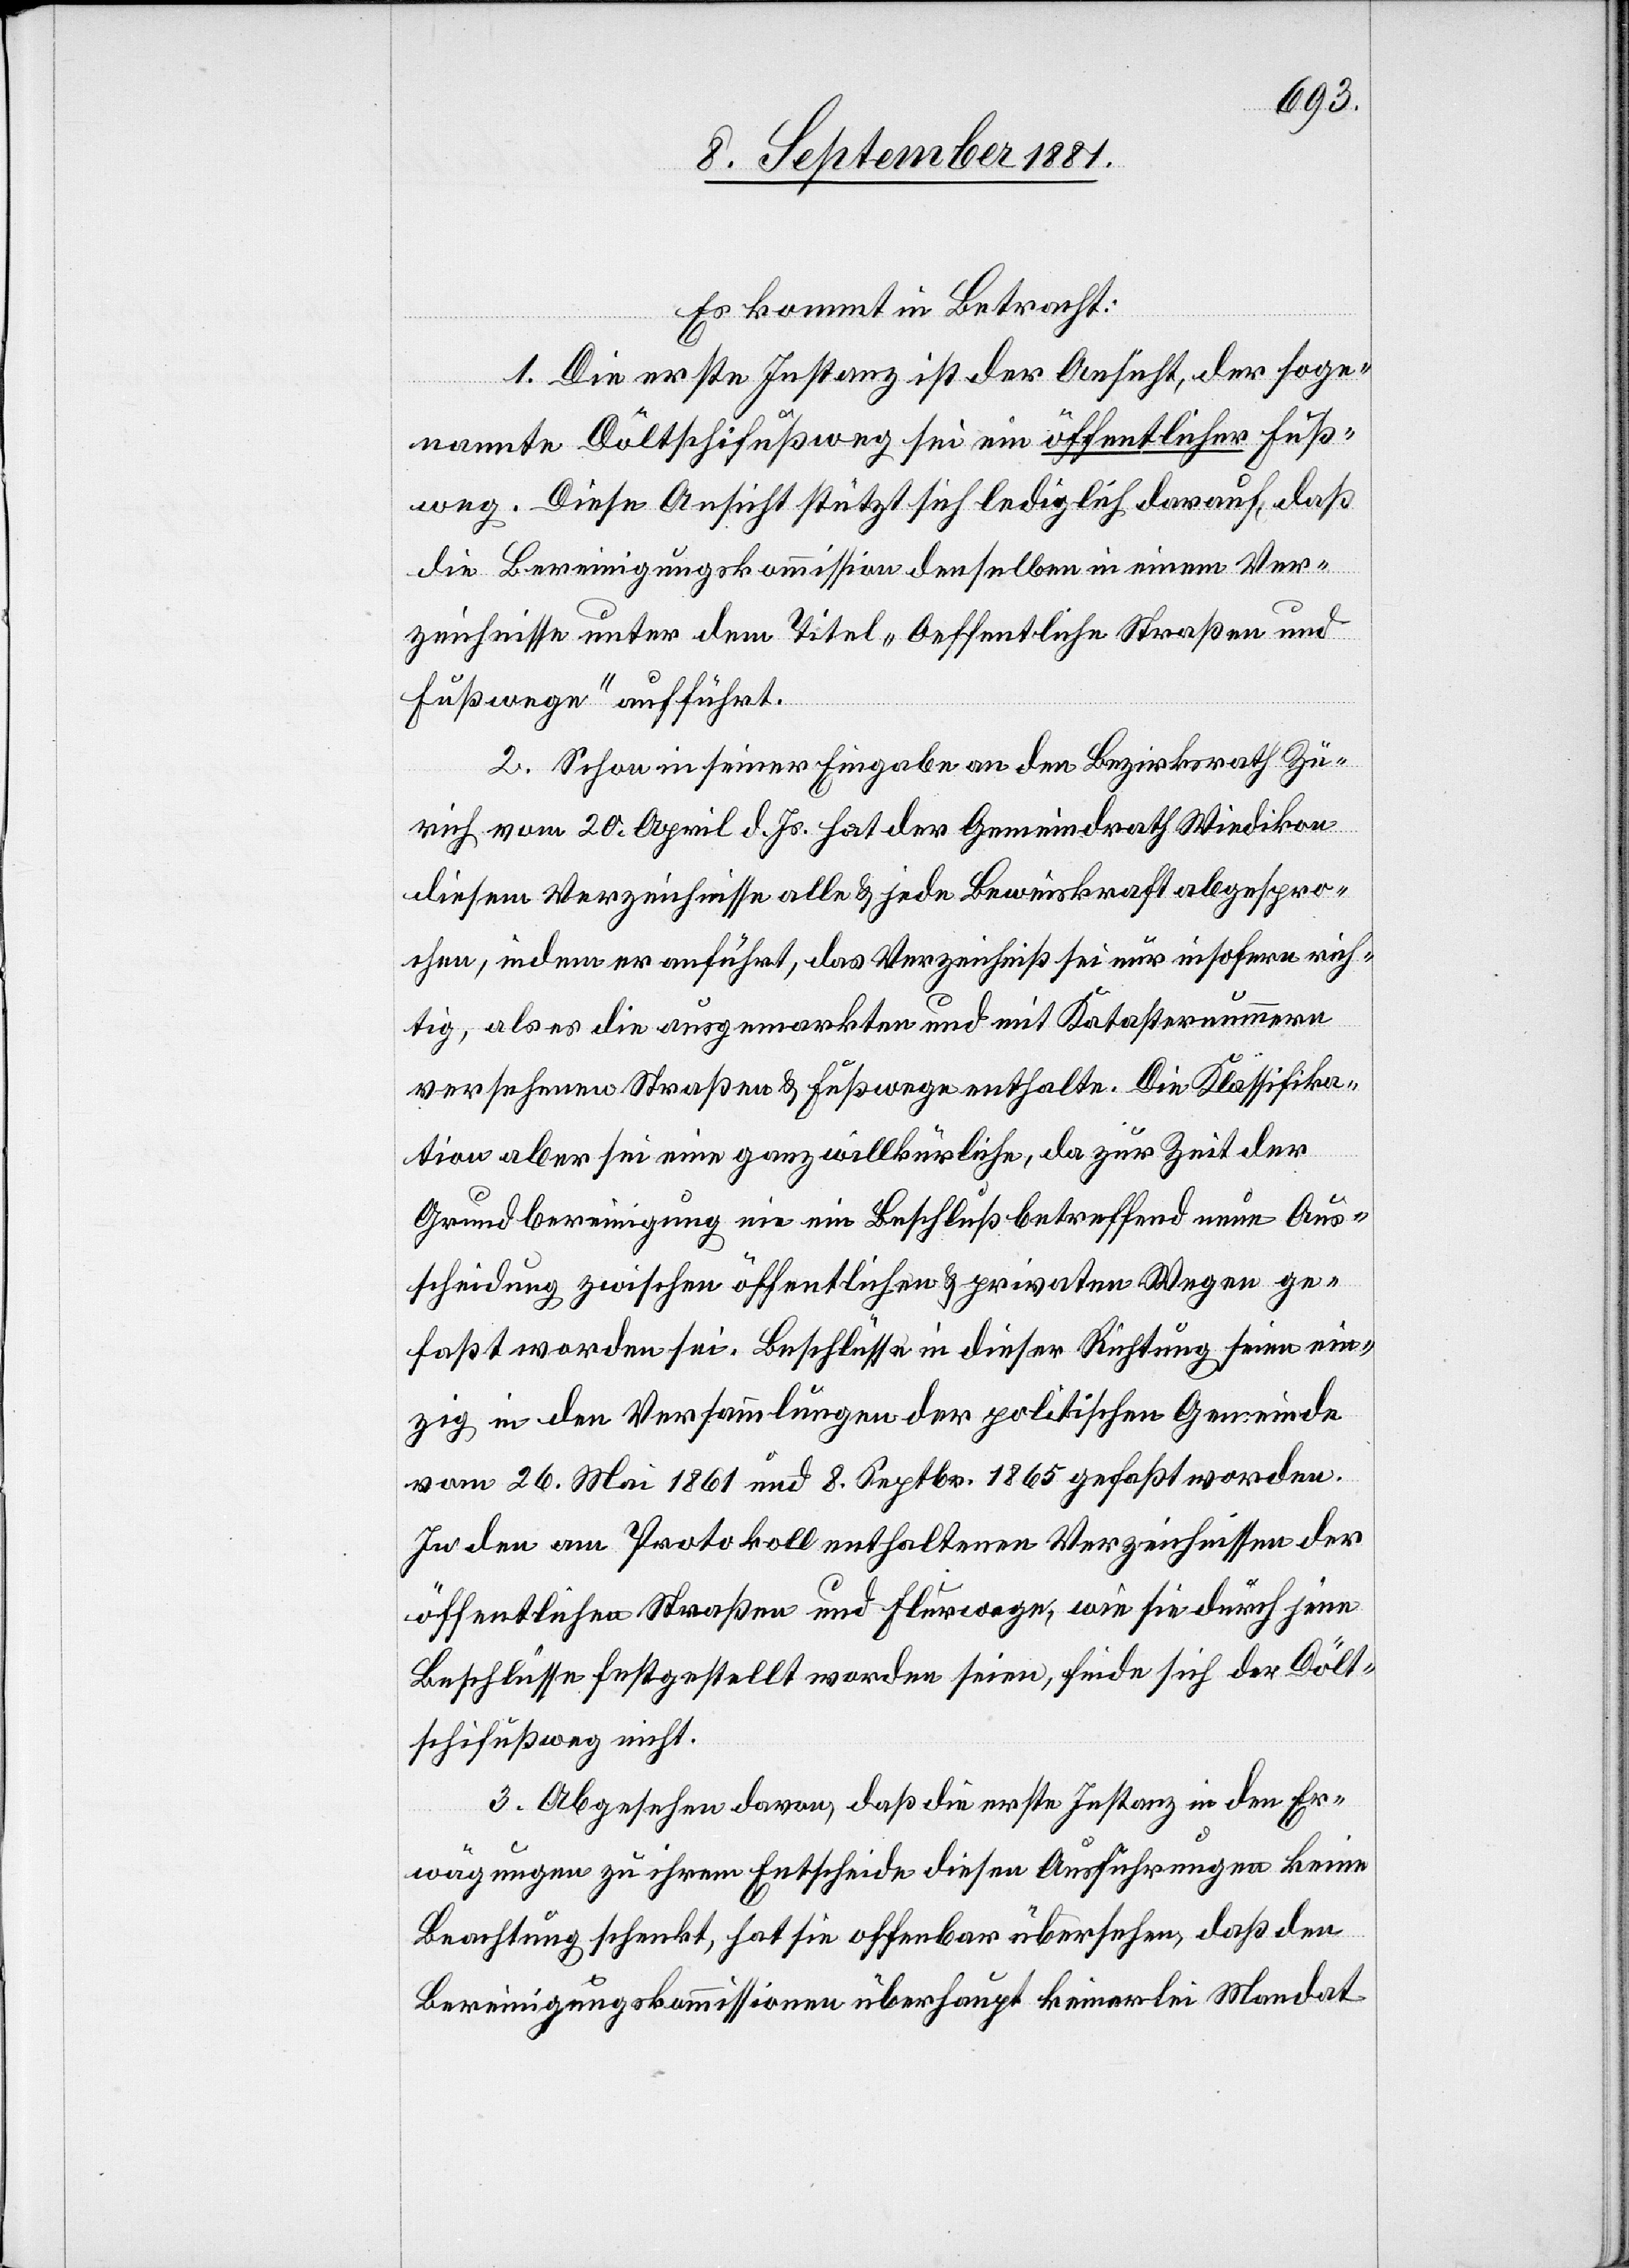
Es kommt in Betracht:
1. Die erste Instanz ist der Ansicht, der soge¬
nannte Döltschifußweg sei ein öffentlicher Fuß¬
weg. Diese Ansicht stützt sich lediglich darauf, daß
die Bereinigungskommission denselben in einem Ver¬
zeichnisse unter dem Titel „Oeffentliche Straßen und
Fußwege“ aufführt.
2. Schon in seiner Eingabe an den Bezirksrath Zü¬
rich vom 20. April d. Js. hat der Gemeindrath Wiedikon
diesem Verzeichnisse alle & jede Beweiskraft abgespro¬
chen, indem er aufführt, das Verzeichniß sei nur insofern rich¬
tig, als es die ausgemarkten und mit Katasternummern
versehenen Straßen & Fußwege enthalte. Die Klassifika¬
tion aber sei eine ganz willkürliche, da zur Zeit der
Grundbereinigung nie ein Beschluß betreffend neue Aus¬
scheidung zwischen öffentlicher & privaten Wegen ge¬
faßt worden sei. Beschlüsse in dieser Richtung seien ein¬
zig in den Versammlungen der politischen Gemeinde
vom 26. Mai 1861 und 8. Septbr. 1865 gefaßt worden.
In den am Protokoll enthaltenen Verzeichnissen der
öffentlichen Straßen und Flurwege, wie sie durch jene
Beschlüsse festgestellt worden seien, finde sich der Dölt¬
schifußweg nicht.
3. Abgesehen davon, daß die erste Instanz in den Er¬
wägungen zu ihrem Entscheide diesen Ausführungen keine
Beachtung schenkt, hat sie offenbar übersehen, daß den
Bereinigungskommissionen überhaupt keinerlei Mandat